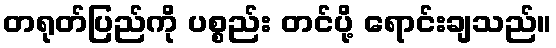
တရုတ်ပြည်ကို ပစ္စည်း တင်ပို့ ရောင်းချသည်။